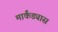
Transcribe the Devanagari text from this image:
मार्कंड्यास